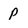
Character: P